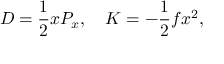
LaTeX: { \cal D } = { \frac { 1 } { 2 } } x P _ { x } , \quad { \cal K } = - { \frac { 1 } { 2 } } f x ^ { 2 } ,